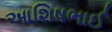
આશિષભાઈ